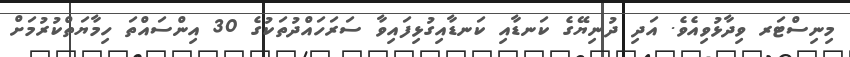
މިނިސްޓަރ ވިދާޅުވިއެވެ. އަދި ދުނިޔޭގެ ކަނޑާއި ކަނޑާއިގުޅިފައިވާ ސަރަހައްދުތަކުގެ 30 އިންސައްތަ ހިމާޔަތްކުރުމަށް